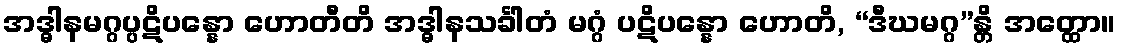
အဒ္ဓါနမဂ္ဂပ္ပဋိပန္နော ဟောတီတိ အဒ္ဓါနသင်္ခါတံ မဂ္ဂံ ပဋိပန္နော ဟောတိ, “ဒီဃမဂ္ဂ”န္တိ အတ္ထော။